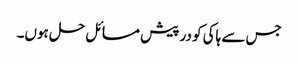
جس سے ہاکی کو در پیش مسائل حل ہوں۔